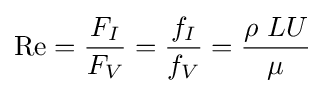
\mathrm {Re} ={\frac {F_{I}}{F_{V}}}={\frac {f_{I}}{f_{V}}}={\frac {\rho \ LU}{\mu }}